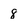
Character: 8